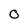
Character: 0